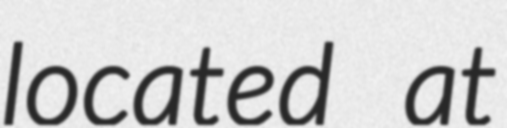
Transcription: located at